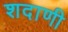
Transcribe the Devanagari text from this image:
शदाणी